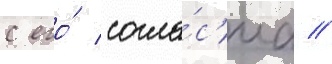
с его́ согла́с'иа //